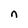
Character: n